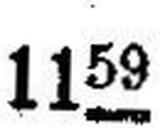
1159